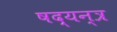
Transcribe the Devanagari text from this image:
षद्यन्त्र